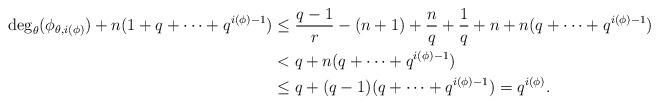
LaTeX: \begin{align*} \deg_{\theta}(\phi_{\theta,i(\phi)}) + n(1+q+\dots + q^{i(\phi)-1})&\leq \frac{q-1}{r} - (n+1)+\frac{n}{q}+\frac{1}{q}+n+n(q+\dots +q^{i(\phi)-1})\\&< q + n(q+\dots +q^{i(\phi)-1}) \\&\leq q+(q-1)(q+\dots +q^{i(\phi)-1})=q^{i(\phi)}.\end{align*}